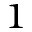
^ 1